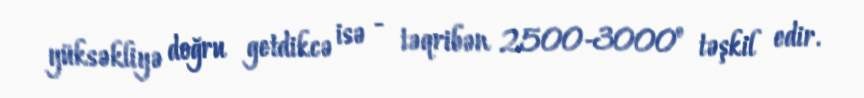
yüksəkliyə doğru getdikcə isə - təqribən 2500-3000º təşkil edir.